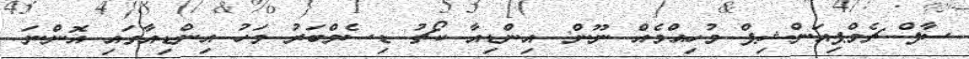
ސާފް ޗެމްޕިއަންޝިޕް މުހިއްމެއް ނޫން: އިންޑިއާ ކޯޗު ޑިސެމްބަރު މަހު އިންޑިއާގައި އޮންނަ